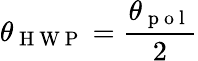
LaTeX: \theta_{\mathrm{~H~W~P~}}=\frac{\theta_{\mathrm{~p~o~l~}}}{2}